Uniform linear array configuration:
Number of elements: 24
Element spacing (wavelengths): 0.25
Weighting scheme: cosine
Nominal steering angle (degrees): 45
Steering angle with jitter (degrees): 43.455
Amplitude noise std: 0.05
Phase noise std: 0.05

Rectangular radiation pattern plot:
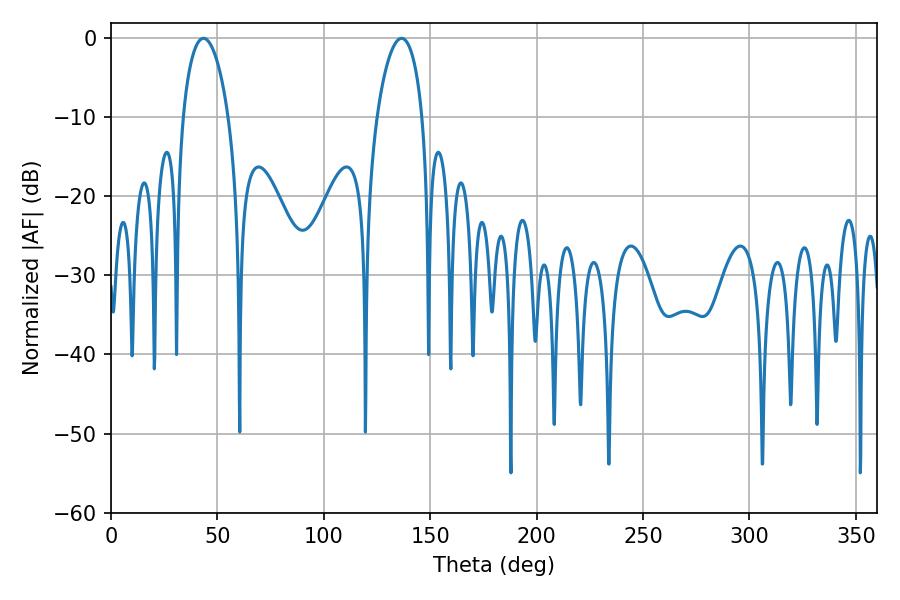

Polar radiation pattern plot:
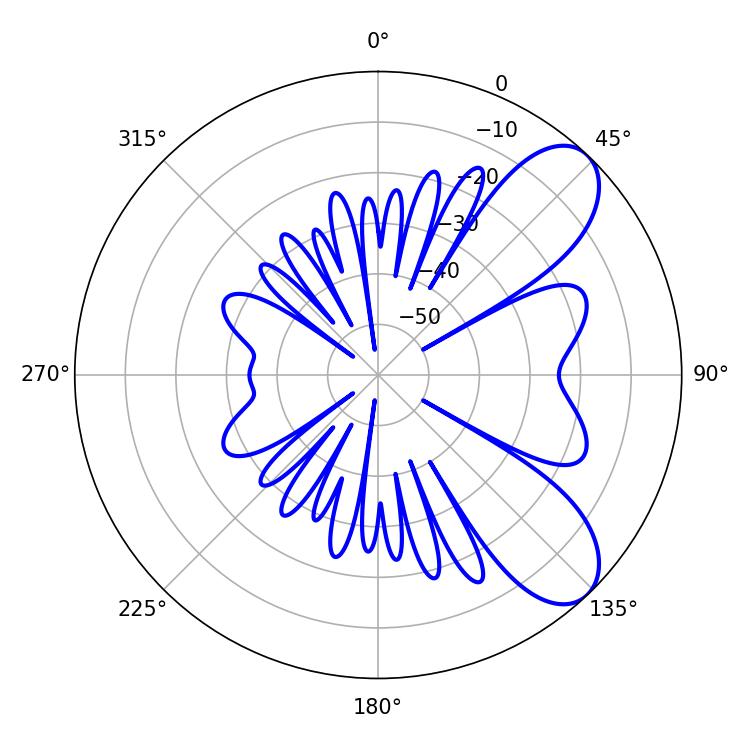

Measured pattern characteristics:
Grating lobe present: FALSE
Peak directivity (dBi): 7.955
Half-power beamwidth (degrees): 12.06
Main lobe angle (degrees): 43.38